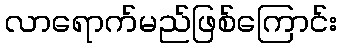
လာရောက်မည်ဖြစ်ကြောင်း